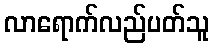
လာရောက်လည်ပတ်သူ